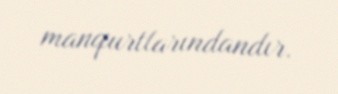
manqurtlarındandır.